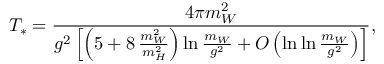
T _ { * } = \frac { 4 \pi m _ { W } ^ { 2 } } { g ^ { 2 } \left[ \left( 5 + 8 \, \frac { m _ { W } ^ { 2 } } { m _ { H } ^ { 2 } } \right) \ln \frac { m _ { W } } { g ^ { 2 } } + O \left( \ln \ln \frac { m _ { W } } { g ^ { 2 } } \right) \right] } ,